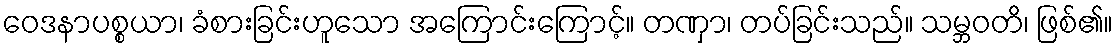
ဝေဒနာပစ္စယာ၊ ခံစားခြင်းဟူသော အကြောင်းကြောင့်။ တဏှာ၊ တပ်ခြင်းသည်။ သမ္ဘဝတိ၊ ဖြစ်၏။